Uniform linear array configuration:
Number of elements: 12
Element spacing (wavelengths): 0.25
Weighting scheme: hamming
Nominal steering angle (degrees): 45
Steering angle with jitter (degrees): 44.007
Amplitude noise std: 0.05
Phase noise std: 0.05

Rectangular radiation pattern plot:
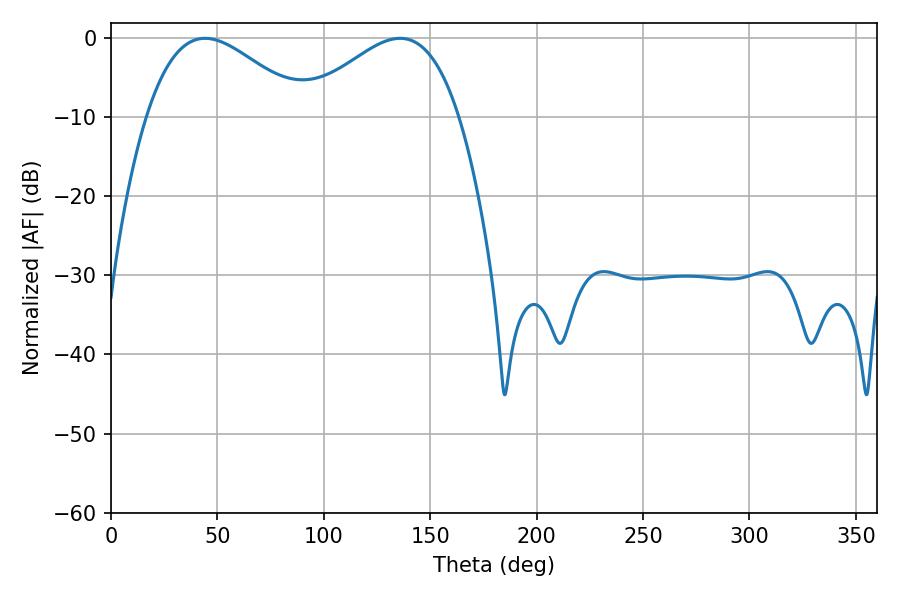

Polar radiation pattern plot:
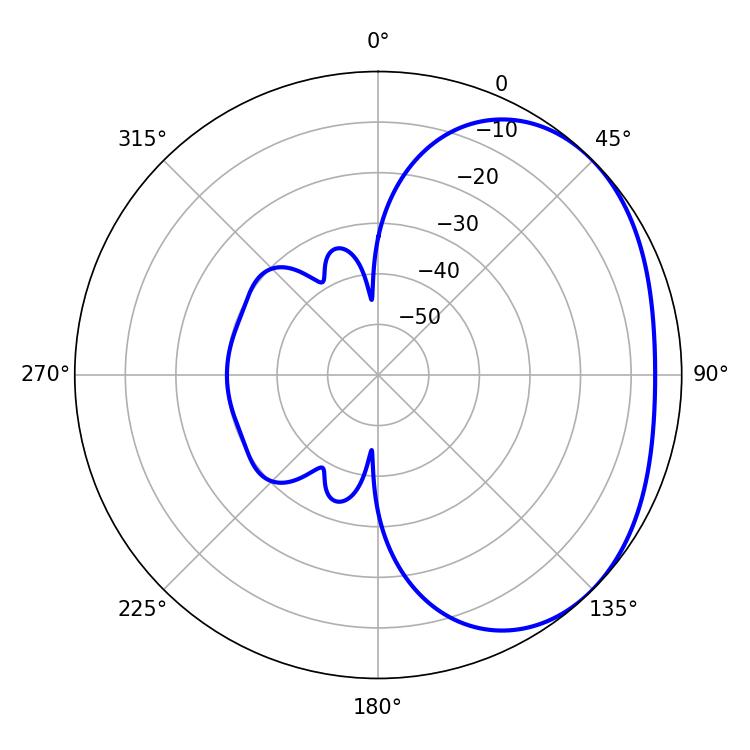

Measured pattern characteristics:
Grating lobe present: FALSE
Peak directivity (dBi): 2.5
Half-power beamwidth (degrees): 40.14
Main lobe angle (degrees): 44.1